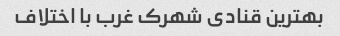
بهترین قنادی شهرک غرب با اختلاف